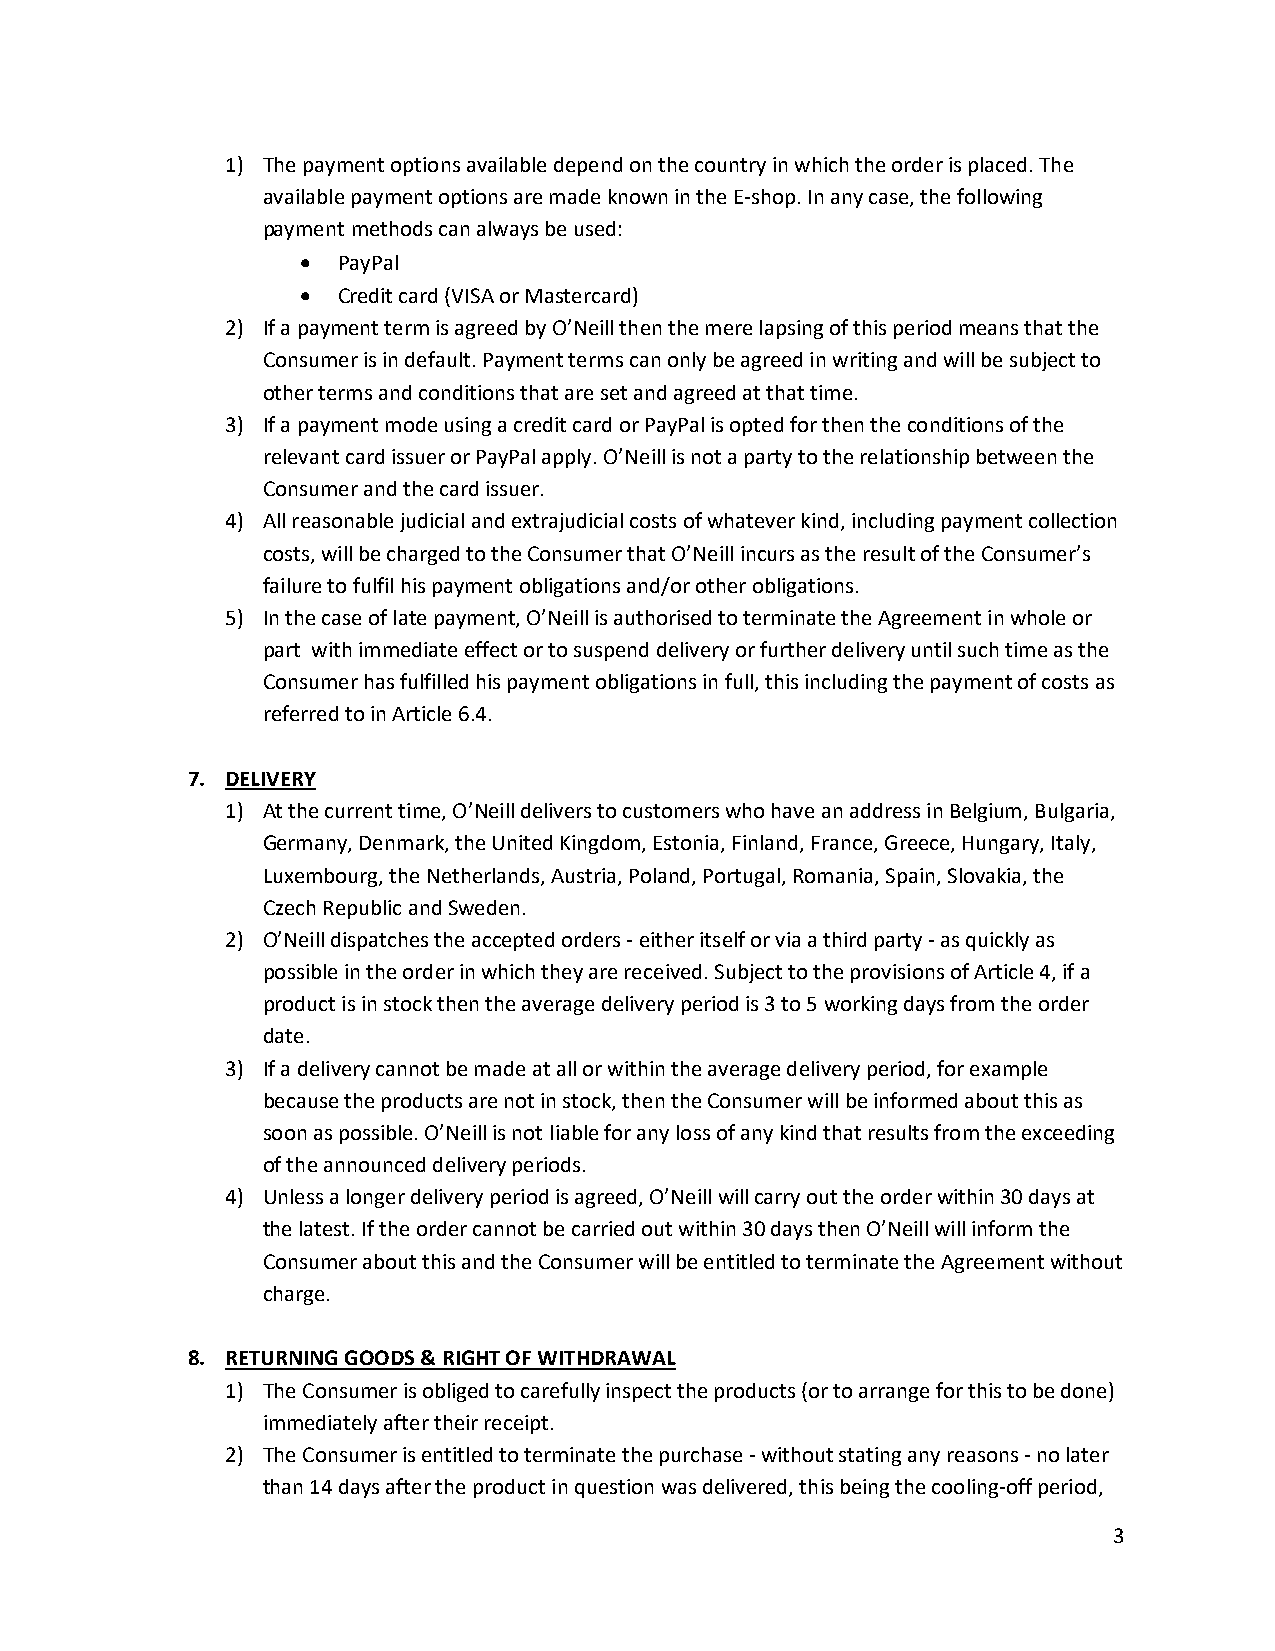
1) The payment options available depend on the country in which the order is placed. The
 available payment options are made known in the E-shop. In any case, the following
 payment methods can always be used:
  PayPal
  Credit card (VISA or Mastercard)
 2) If a payment term is agreed by O’Neill then the mere lapsing of this period means that the
 Consumer is in default. Payment terms can only be agreed in writing and will be subject to
 other terms and conditions that are set and agreed at that time.
 3) If a payment mode using a credit card or PayPal is opted for then the conditions of the
 relevant card issuer or PayPal apply. O’Neill is not a party to the relationship between the
 Consumer and the card issuer.
 4) All reasonable judicial and extrajudicial costs of whatever kind, including payment collection
 costs, will be charged to the Consumer that O’Neill incurs as the result of the Consumer’s
 failure to fulfil his payment obligations and/or other obligations.
 5) In the case of late payment, O’Neill is authorised to terminate the Agreement in whole or
 part with immediate effect or to suspend delivery or further delivery until such time as the
 Consumer has fulfilled his payment obligations in full, this including the payment of costs as
 referred to in Article 6.4.
 7. DELIVERY
 1) At the current time, O’Neill delivers to customers who have an address in Belgium, Bulgaria,
 Germany, Denmark, the United Kingdom, Estonia, Finland, France, Greece, Hungary, Italy,
 Luxembourg, the Netherlands, Austria, Poland, Portugal, Romania, Spain, Slovakia, the
 Czech Republic and Sweden.
 2) O’Neill dispatches the accepted orders - either itself or via a third party - as quickly as
 possible in the order in which they are received. Subject to the provisions of Article 4, if a
 product is in stock then the average delivery period is 3 to 5 working days from the order
 date.
 3) If a delivery cannot be made at all or within the average delivery period, for example
 because the products are not in stock, then the Consumer will be informed about this as
 soon as possible. O’Neill is not liable for any loss of any kind that results from the exceeding
 of the announced delivery periods.
 4) Unless a longer delivery period is agreed, O’Neill will carry out the order within 30 days at
 the latest. If the order cannot be carried out within 30 days then O’Neill will inform the
 Consumer about this and the Consumer will be entitled to terminate the Agreement without
 charge.
 8. RETURNING GOODS & RIGHT OF WITHDRAWAL
 1) The Consumer is obliged to carefully inspect the products (or to arrange for this to be done)
 immediately after their receipt.
 2) The Consumer is entitled to terminate the purchase - without stating any reasons - no later
 than 14 days after the product in question was delivered, this being the cooling-off period,
 3